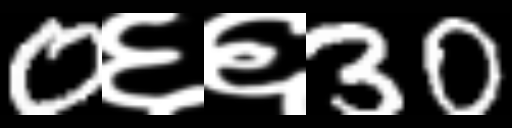
Text: 0६६30